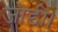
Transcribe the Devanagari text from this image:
जोडी।